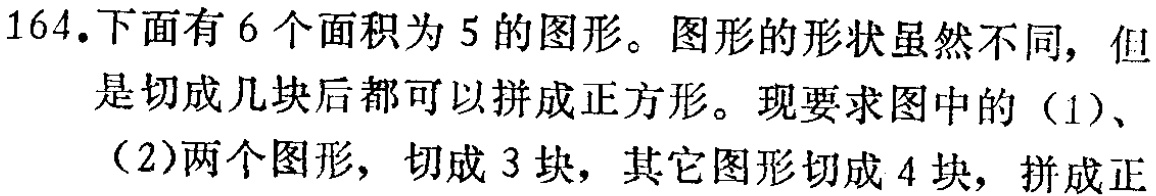
164.下面有6个面积为5的图形。图形的形状虽然不同，但是切成几块后都可以拼成正方形。现要求图中的（1）、（2）两个图形，切成3块，其它图形切成4块，拼成正